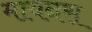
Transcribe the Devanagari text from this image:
मायनस